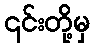
၎င်းတို့မှ